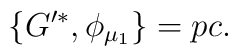
\{G'^*,\phi_{\mu_1} \} = pc.